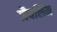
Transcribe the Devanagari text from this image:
जैवलिन